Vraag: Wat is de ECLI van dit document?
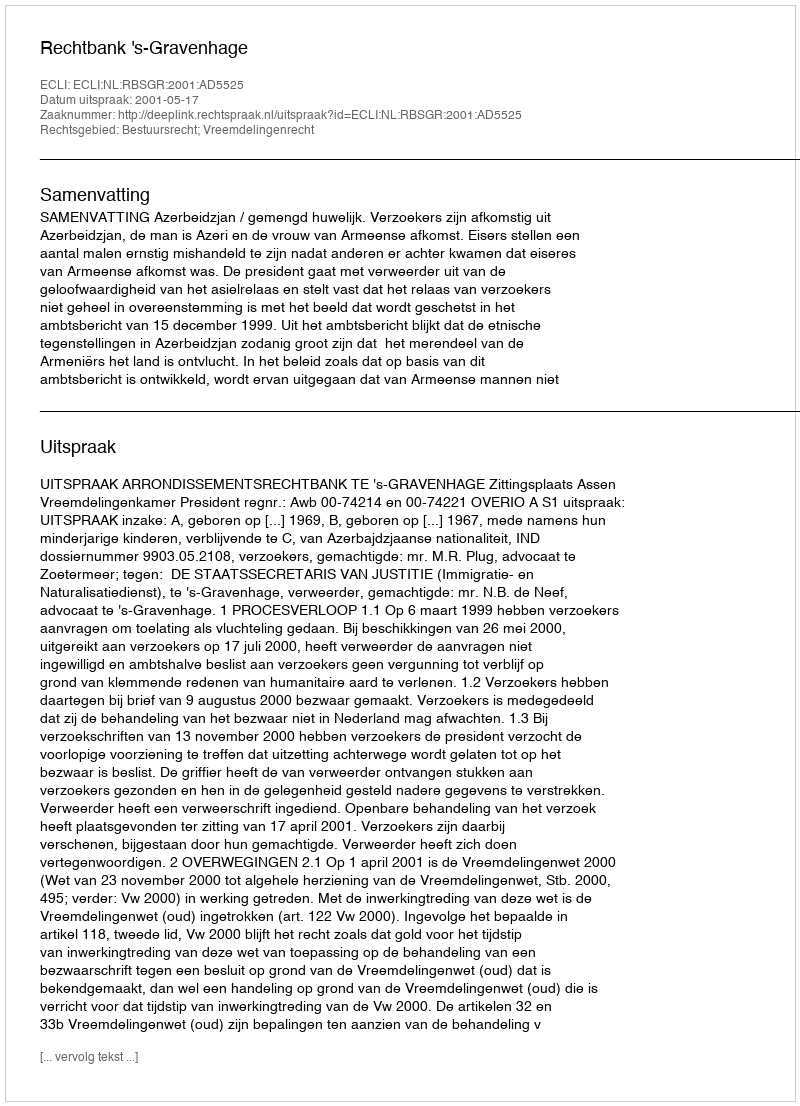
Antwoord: ECLI:NL:RBSGR:2001:AD5525